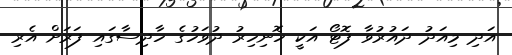
އަދި މިއަދު ދައުރުވާ ފޮޓޯ އަކީ ހޮނިހިރު ދުވަހުގެ ހާދިސާގައި ފަރަށް އެރި